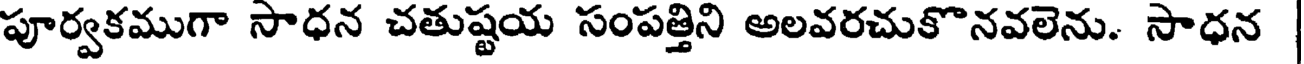
పూర్వకముగా సాధన చతుష్టయ సంపత్తిని అలవరచుకొనవలెను. సాధన